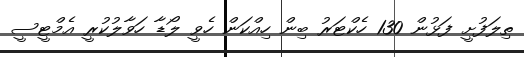
ތިލަފުށީ ފަޅުން 130 ހެކްޓަރު ބިން ހިއްކަން ހެވީ ލޯޑާ ހަވާލުކުރީ އެމްޓީސީ